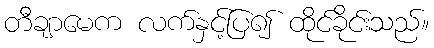
တီချာမေက လက်နှင့်ပြ၍ ထိုင်ခိုင်းသည်။